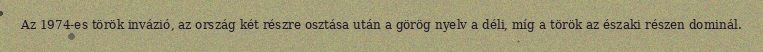
Az 1974-es török invázió, az ország két részre osztása után a görög nyelv a déli, míg a török az északi részen dominál.